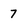
Character: 7